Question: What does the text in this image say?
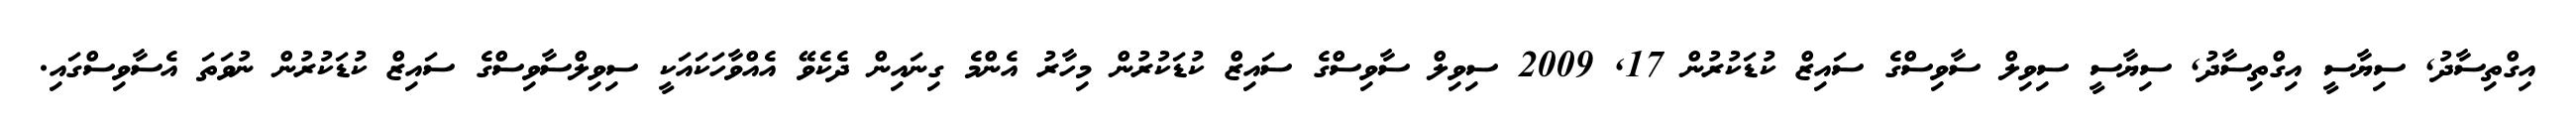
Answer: އިގްތިސާދު, ސިޔާސީ އިގްތިސާދު, ސިޔާސީ ސިވިލް ސާވިސްގެ ސައިޒް ކުޑަކުރުން 17, 2009 ސިވިލް ސާވިސްގެ ސައިޒް ކުޑަކުރުން މިހާރު އެންމެ ގިނައިން ދެކެވޭ އެއްވާހަކައަކީ ސިވިލްސާވިސްގެ ސައިޒް ކުޑަކުރުން ނުވަތަ އެސާވިސްގައި.